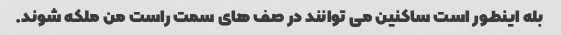
بله اینطور است ساکنین می توانند در صف های سمت راست من ملکه شوند.